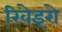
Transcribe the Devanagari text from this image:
रिवेइरो